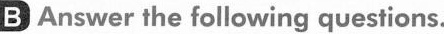
B Answer the following questions.